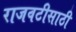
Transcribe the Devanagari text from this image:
राजवटीसाठी